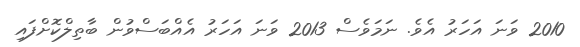
2010 ވަނަ އަހަރު އެވެ. ނަމަވެސް 2013 ވަނަ އަހަރު އެއްބަސްވުން ބާތިލްކޮށްފައި